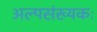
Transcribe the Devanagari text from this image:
अल्पसंख्यकः